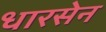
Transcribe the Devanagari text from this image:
धारसेन